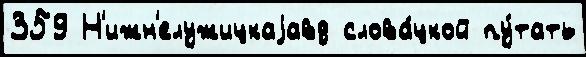
359 Н'ижн'елужицкаjавд слова́цкой пу́тать